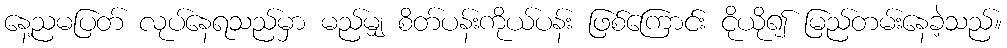
နေ့ညမပြတ် လုပ်နေရသည်မှာ မည်မျှ စိတ်ပန်းကိုယ်ပန်း ဖြစ်ကြောင်း ငိုယို၍ မြည်တမ်းနေခဲ့သည်။